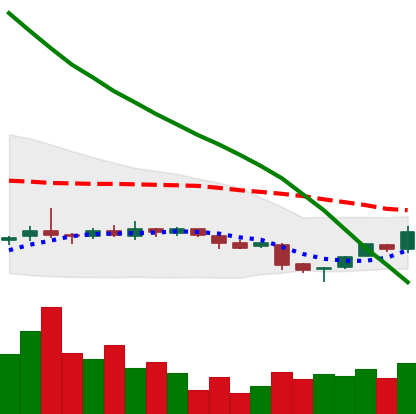
Ticker: NEO-USD
Chart end date: 2018-11-04
Forward return: -4.145%
Label: down_3_5